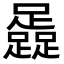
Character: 𨆬